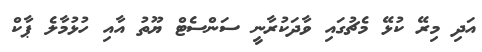
އަދި މިރޭ ކުޅޭ މެޗުގައި ވާދަކުރާނީ ސަންސެޓް ޔޫތު އާއި ހުޅުމާލެ ޕާކް